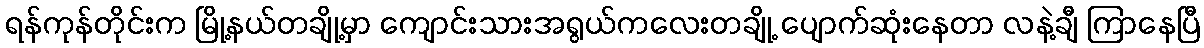
ရန်ကုန်တိုင်းက မြို့နယ်တချို့မှာ ကျောင်းသားအရွယ်ကလေးတချို့ ပျောက်ဆုံးနေတာ လနဲ့ချီ ကြာနေပြီ